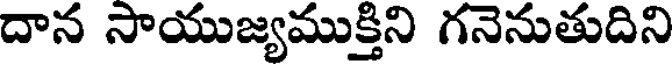
దాన సాయుజ్యముక్తిని గనెనుతుదిని